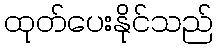
ထုတ်ပေးနိုင်သည်